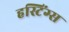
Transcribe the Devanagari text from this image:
हस्टिंग्स